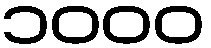
၁၀၀၀